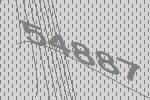
54887